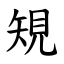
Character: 䂓